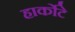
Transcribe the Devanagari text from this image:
हार्कोटे